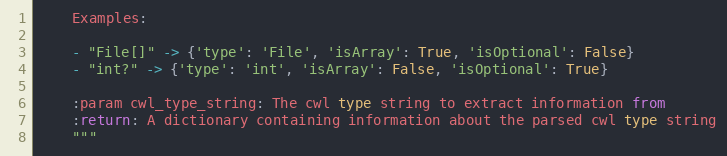
Language: Python
    Examples:

    - "File[]" -> {'type': 'File', 'isArray': True, 'isOptional': False}
    - "int?" -> {'type': 'int', 'isArray': False, 'isOptional': True}

    :param cwl_type_string: The cwl type string to extract information from
    :return: A dictionary containing information about the parsed cwl type string
    """